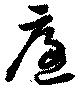
庭